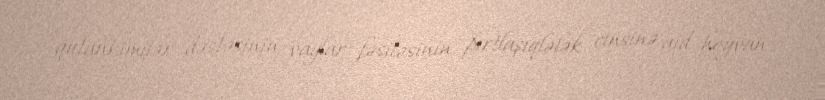
qutankimilər dəstəsinin vağlar fəsiləsinin pırtlaşıqlələk cinsinə aid heyvan